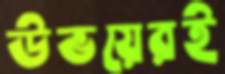
উভয়েরই